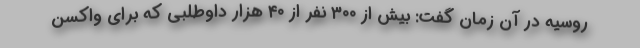
روسیه در آن زمان گفت: بیش از ۳۰۰ نفر از ۴۰ هزار داوطلبی که برای واکسن